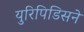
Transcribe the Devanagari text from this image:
युरिपिडिसने